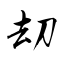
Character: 刧